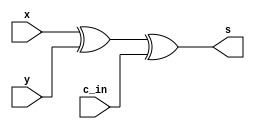
module one_bit_adder(x, y, c_in, s);
    input x, y, c_in;
    output s;
    
    xor sum(s, x, y, c_in);

endmodule